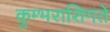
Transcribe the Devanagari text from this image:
कुम्भराशिगते